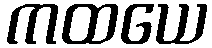
ကထယေ